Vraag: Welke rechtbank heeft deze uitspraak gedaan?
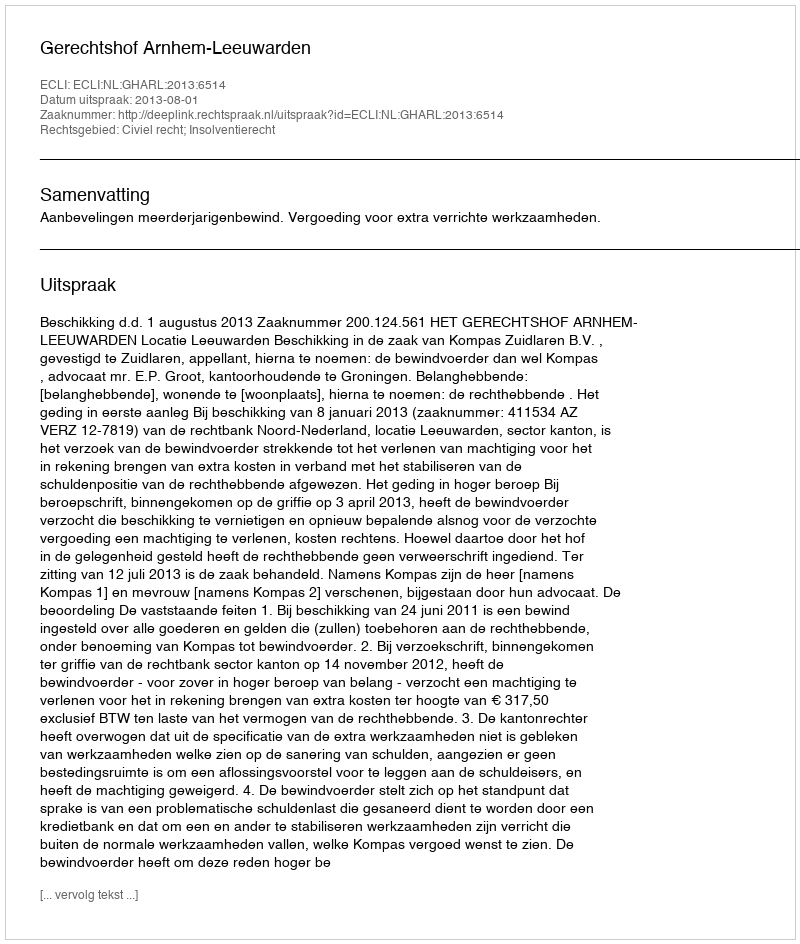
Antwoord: Gerechtshof Arnhem-Leeuwarden